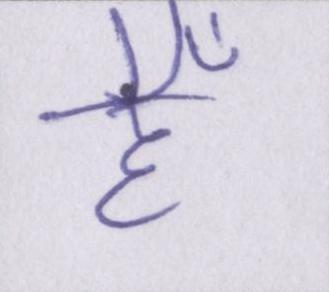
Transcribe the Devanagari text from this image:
हैँ